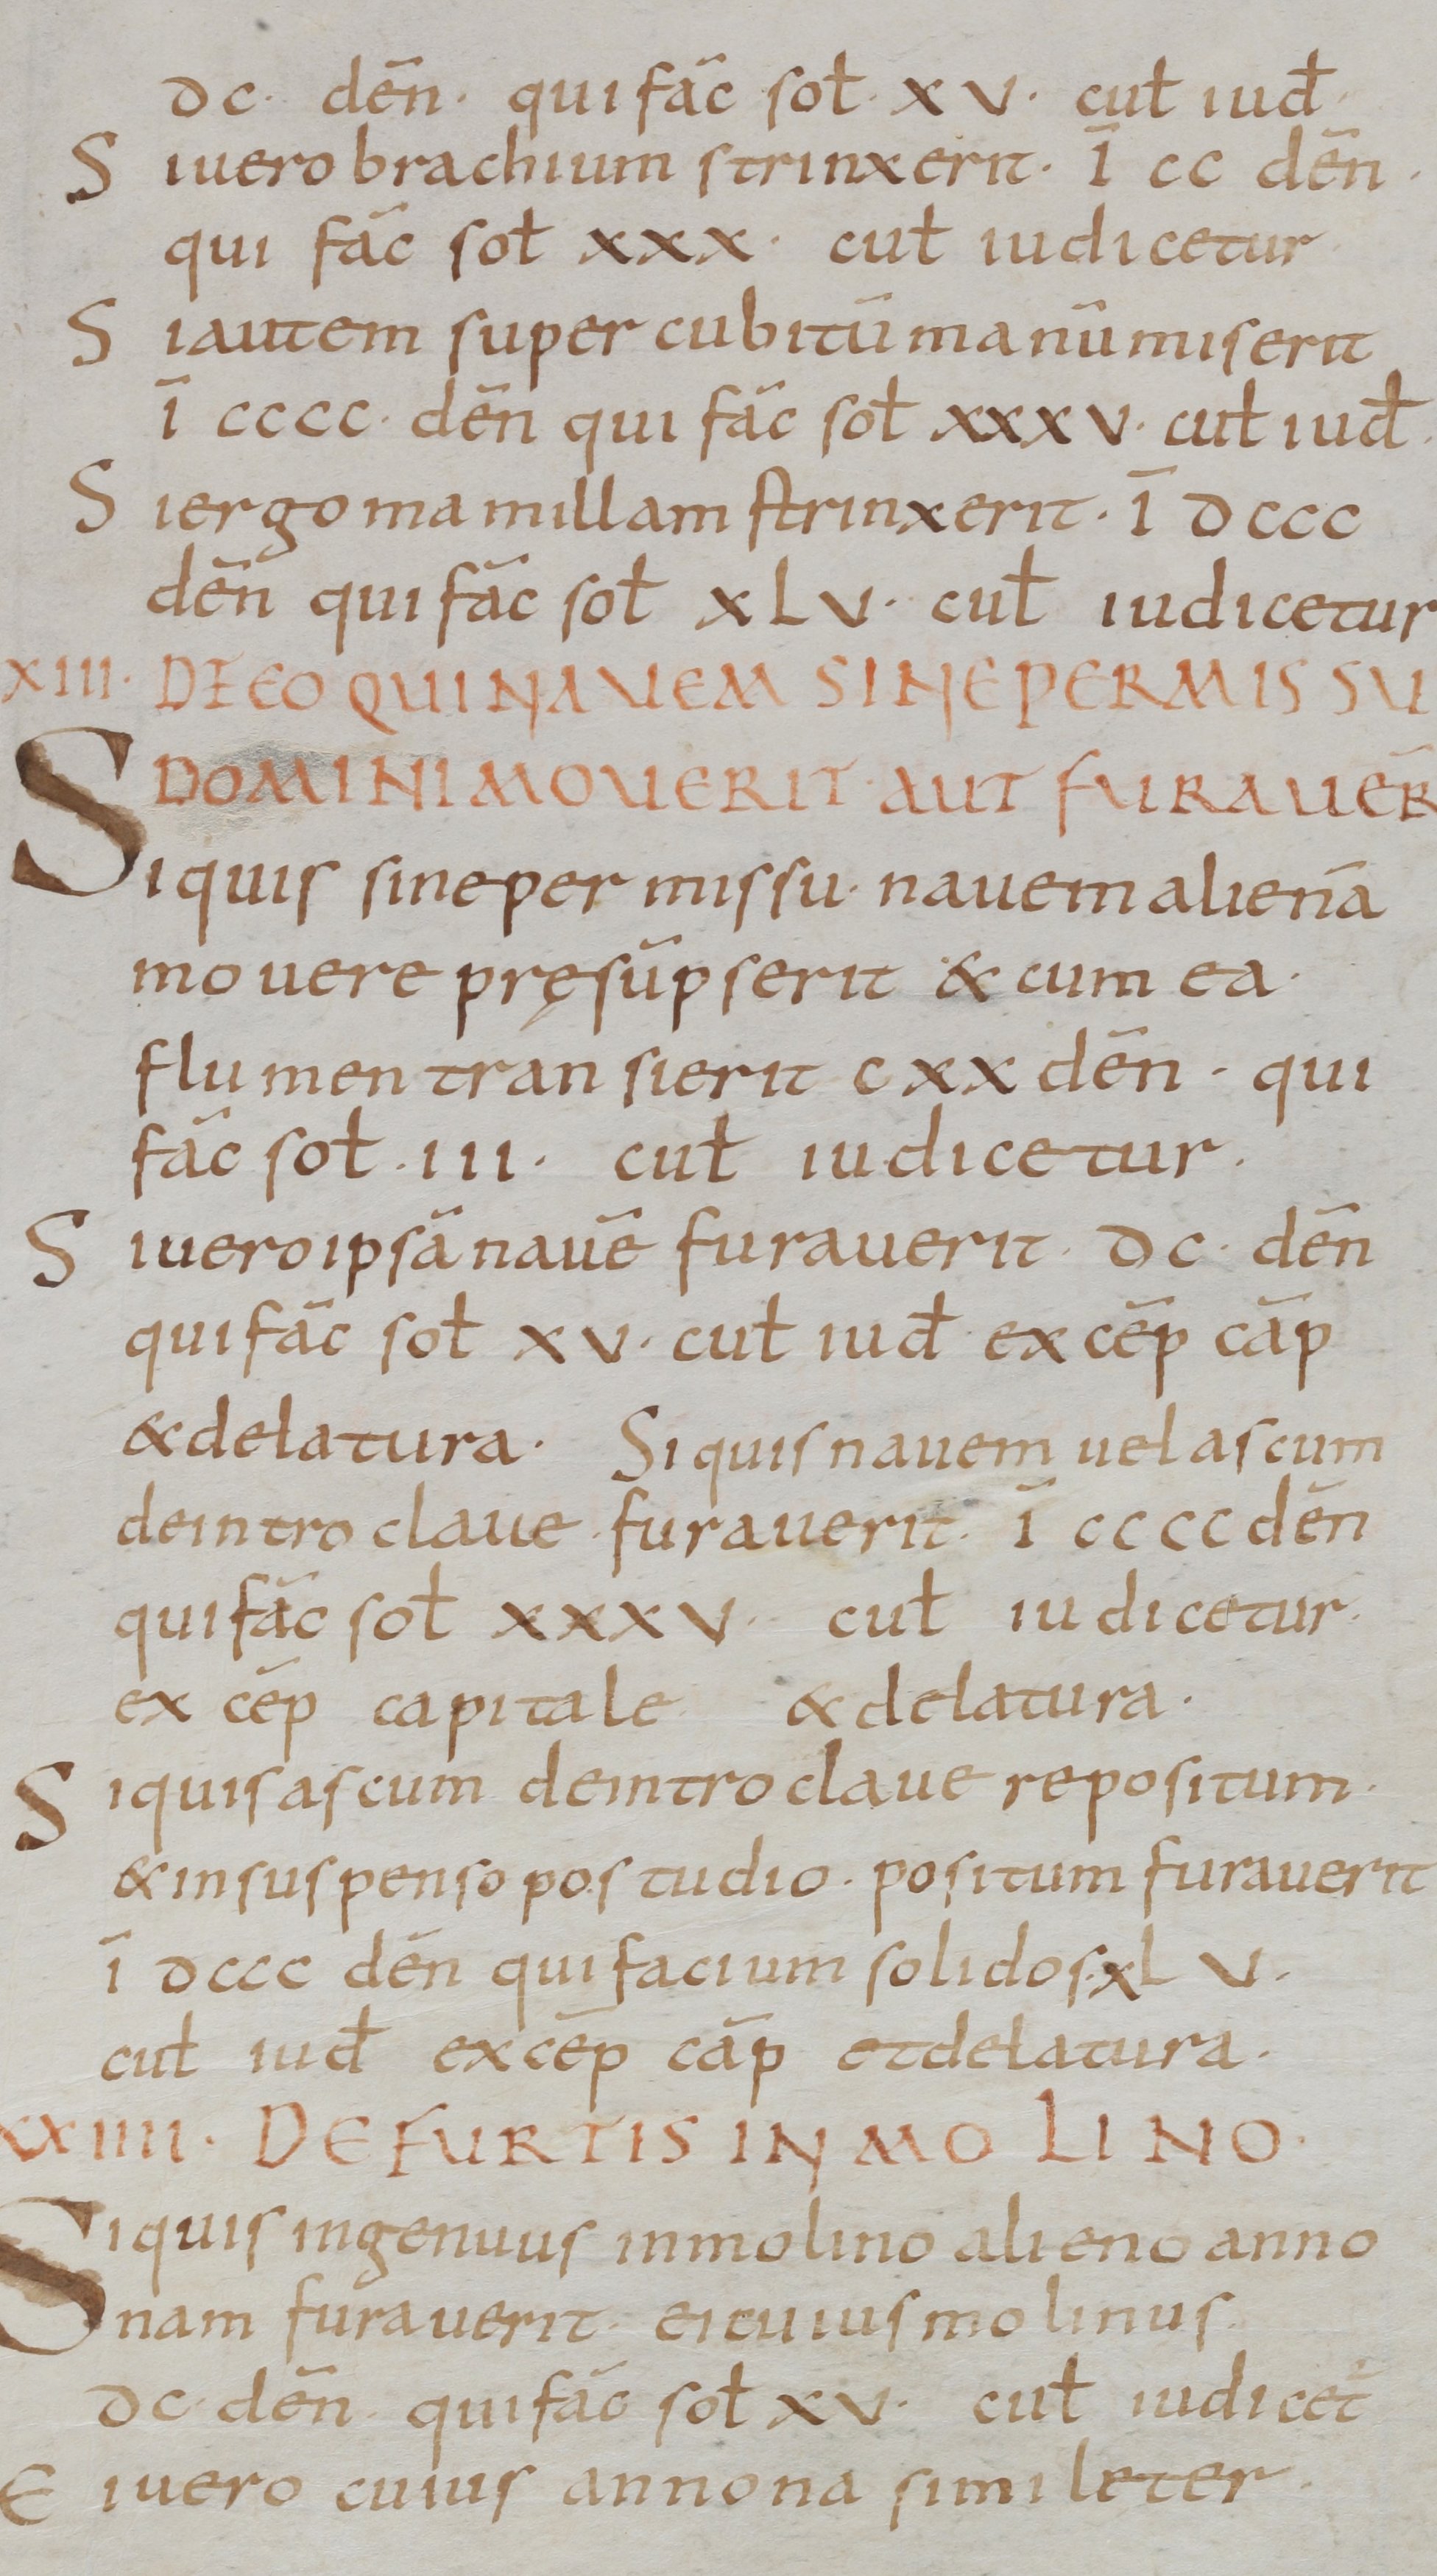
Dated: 800–899